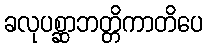
ခလုပစ္ဆာဘတ္တိကာတိပေ